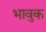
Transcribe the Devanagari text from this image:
भावुक